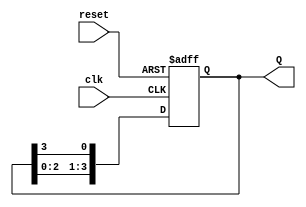
module ring_counter(
    input wire clk,          // Clock signal
    input wire reset,        // Asynchronous reset signal
    output reg [N-1:0] Q     // Output: state of the ring counter
);
    parameter N = 4;         // Number of flip-flops (change as needed)

    always @(posedge clk or posedge reset) begin
        if (reset) begin
            // Asynchronous reset: set the first flip-flop to 1, others to 0
            Q <= {N-1{1'b0}}; // Clear all bits
            Q[0] <= 1'b1;     // Set the first flip-flop to 1
        end else begin
            // Shift the output to the right (ring behavior)
            Q <= {Q[N-2:0], Q[N-1]}; // Shift the bits to create the ring behavior
        end
    end
endmodule